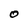
Character: O